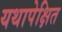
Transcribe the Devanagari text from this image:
यथापेक्षित